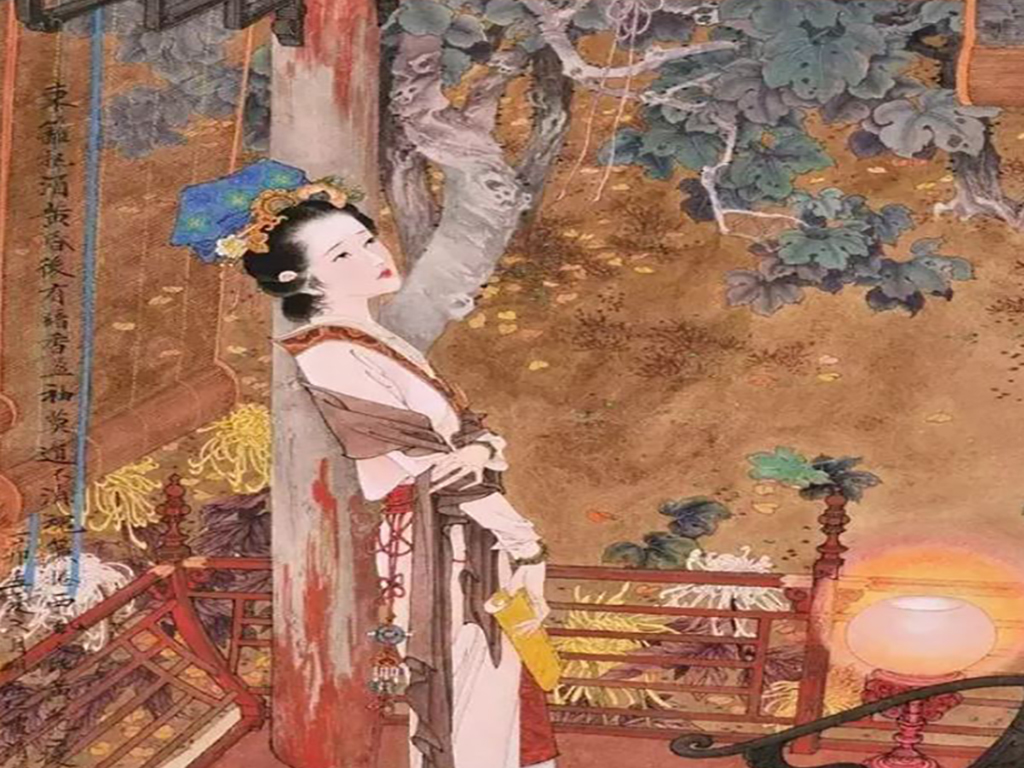
落日熔金，暮云合璧，人在何处。